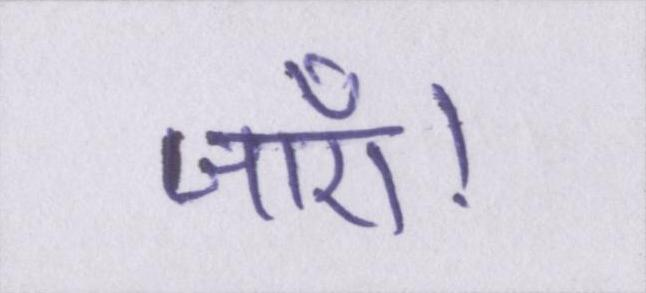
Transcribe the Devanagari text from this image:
जाएँ।